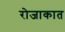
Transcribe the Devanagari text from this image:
रोजाकात